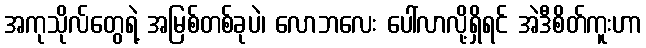
အကုသိုလ်တွေရဲ့ အမြစ်တစ်ခုပဲ၊ လောဘလေး ပေါ်လာလို့ရှိရင် အဲဒီစိတ်ကူးဟာ